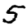
Digit: 5